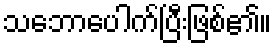
သဘောပေါက်ပြီးဖြစ်၏။